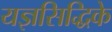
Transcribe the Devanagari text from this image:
यज्ञसिद्धिके